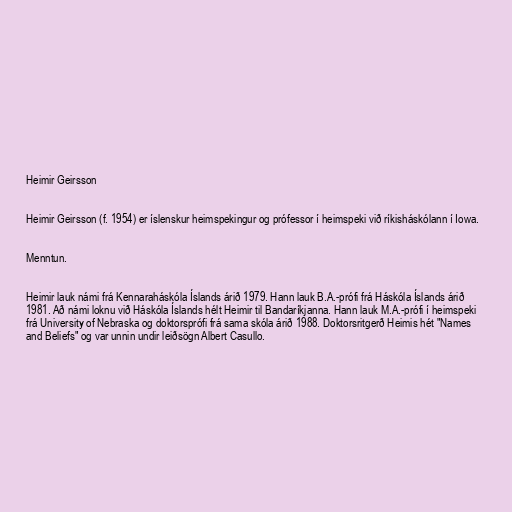
Heimir Geirsson

Heimir Geirsson (f. 1954) er íslenskur heimspekingur og prófessor í heimspeki við ríkisháskólann í Iowa.

Menntun.

Heimir lauk námi frá Kennaraháskóla Íslands árið 1979. Hann lauk B.A.-prófi frá Háskóla Íslands árið
1981. Að námi loknu við Háskóla Íslands hélt Heimir til Bandaríkjanna. Hann lauk M.A.-prófi í heimspeki
frá University of Nebraska og doktorsprófi frá sama skóla árið 1988. Doktorsritgerð Heimis hét "Names
and Beliefs" og var unnin undir leiðsögn Albert Casullo.